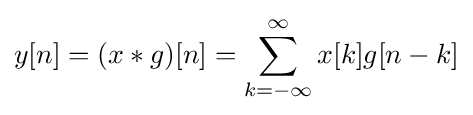
y[n]=(x*g)[n]=\sum \limits _{k=-\infty }^{\infty }{x[k]g[n-k]}